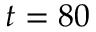
t = 8 0